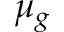
\mu _ { g }